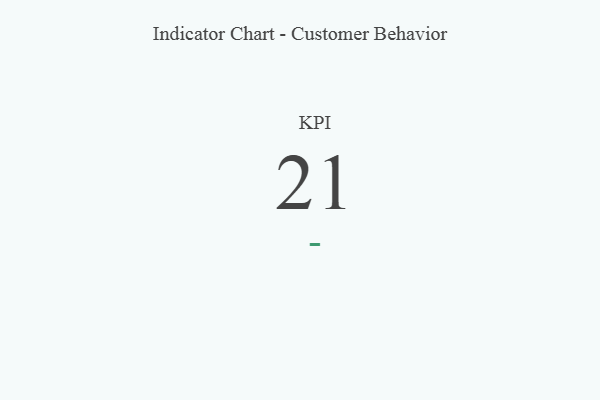
{"axis": {"x": "KPI", "y": "Value"}, "legend": [""], "data": [{"x": "KPI", "y": 21, "type": ""}]}